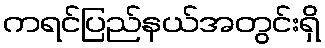
ကရင်ပြည်နယ်အတွင်းရှိ